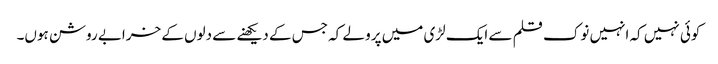
کوئی نہیں کہ انہیں نوک قلم سے ایک لڑی میں پرو لے کہ جس کے دیکھنے سے دلوں کے خرابے روشن ہوں۔